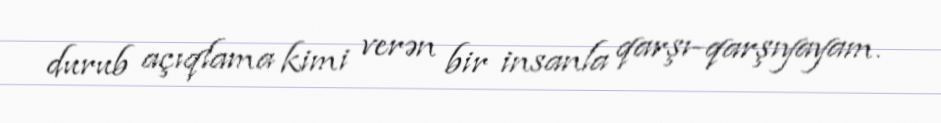
durub açıqlama kimi verən bir insanla qarşı-qarşıyayam.